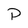
Character: P